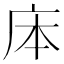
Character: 㡷